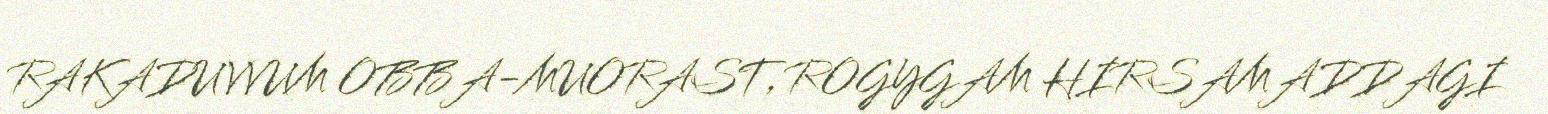
RAKADUVVUM OBBA-MUORAST, ROGYGAM HIRSAMADDAGI